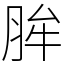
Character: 䏬